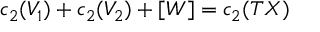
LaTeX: c _ { 2 } ( V _ { 1 } ) + c _ { 2 } ( V _ { 2 } ) + [ W ] = c _ { 2 } ( T X )